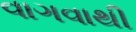
વાગવાથી